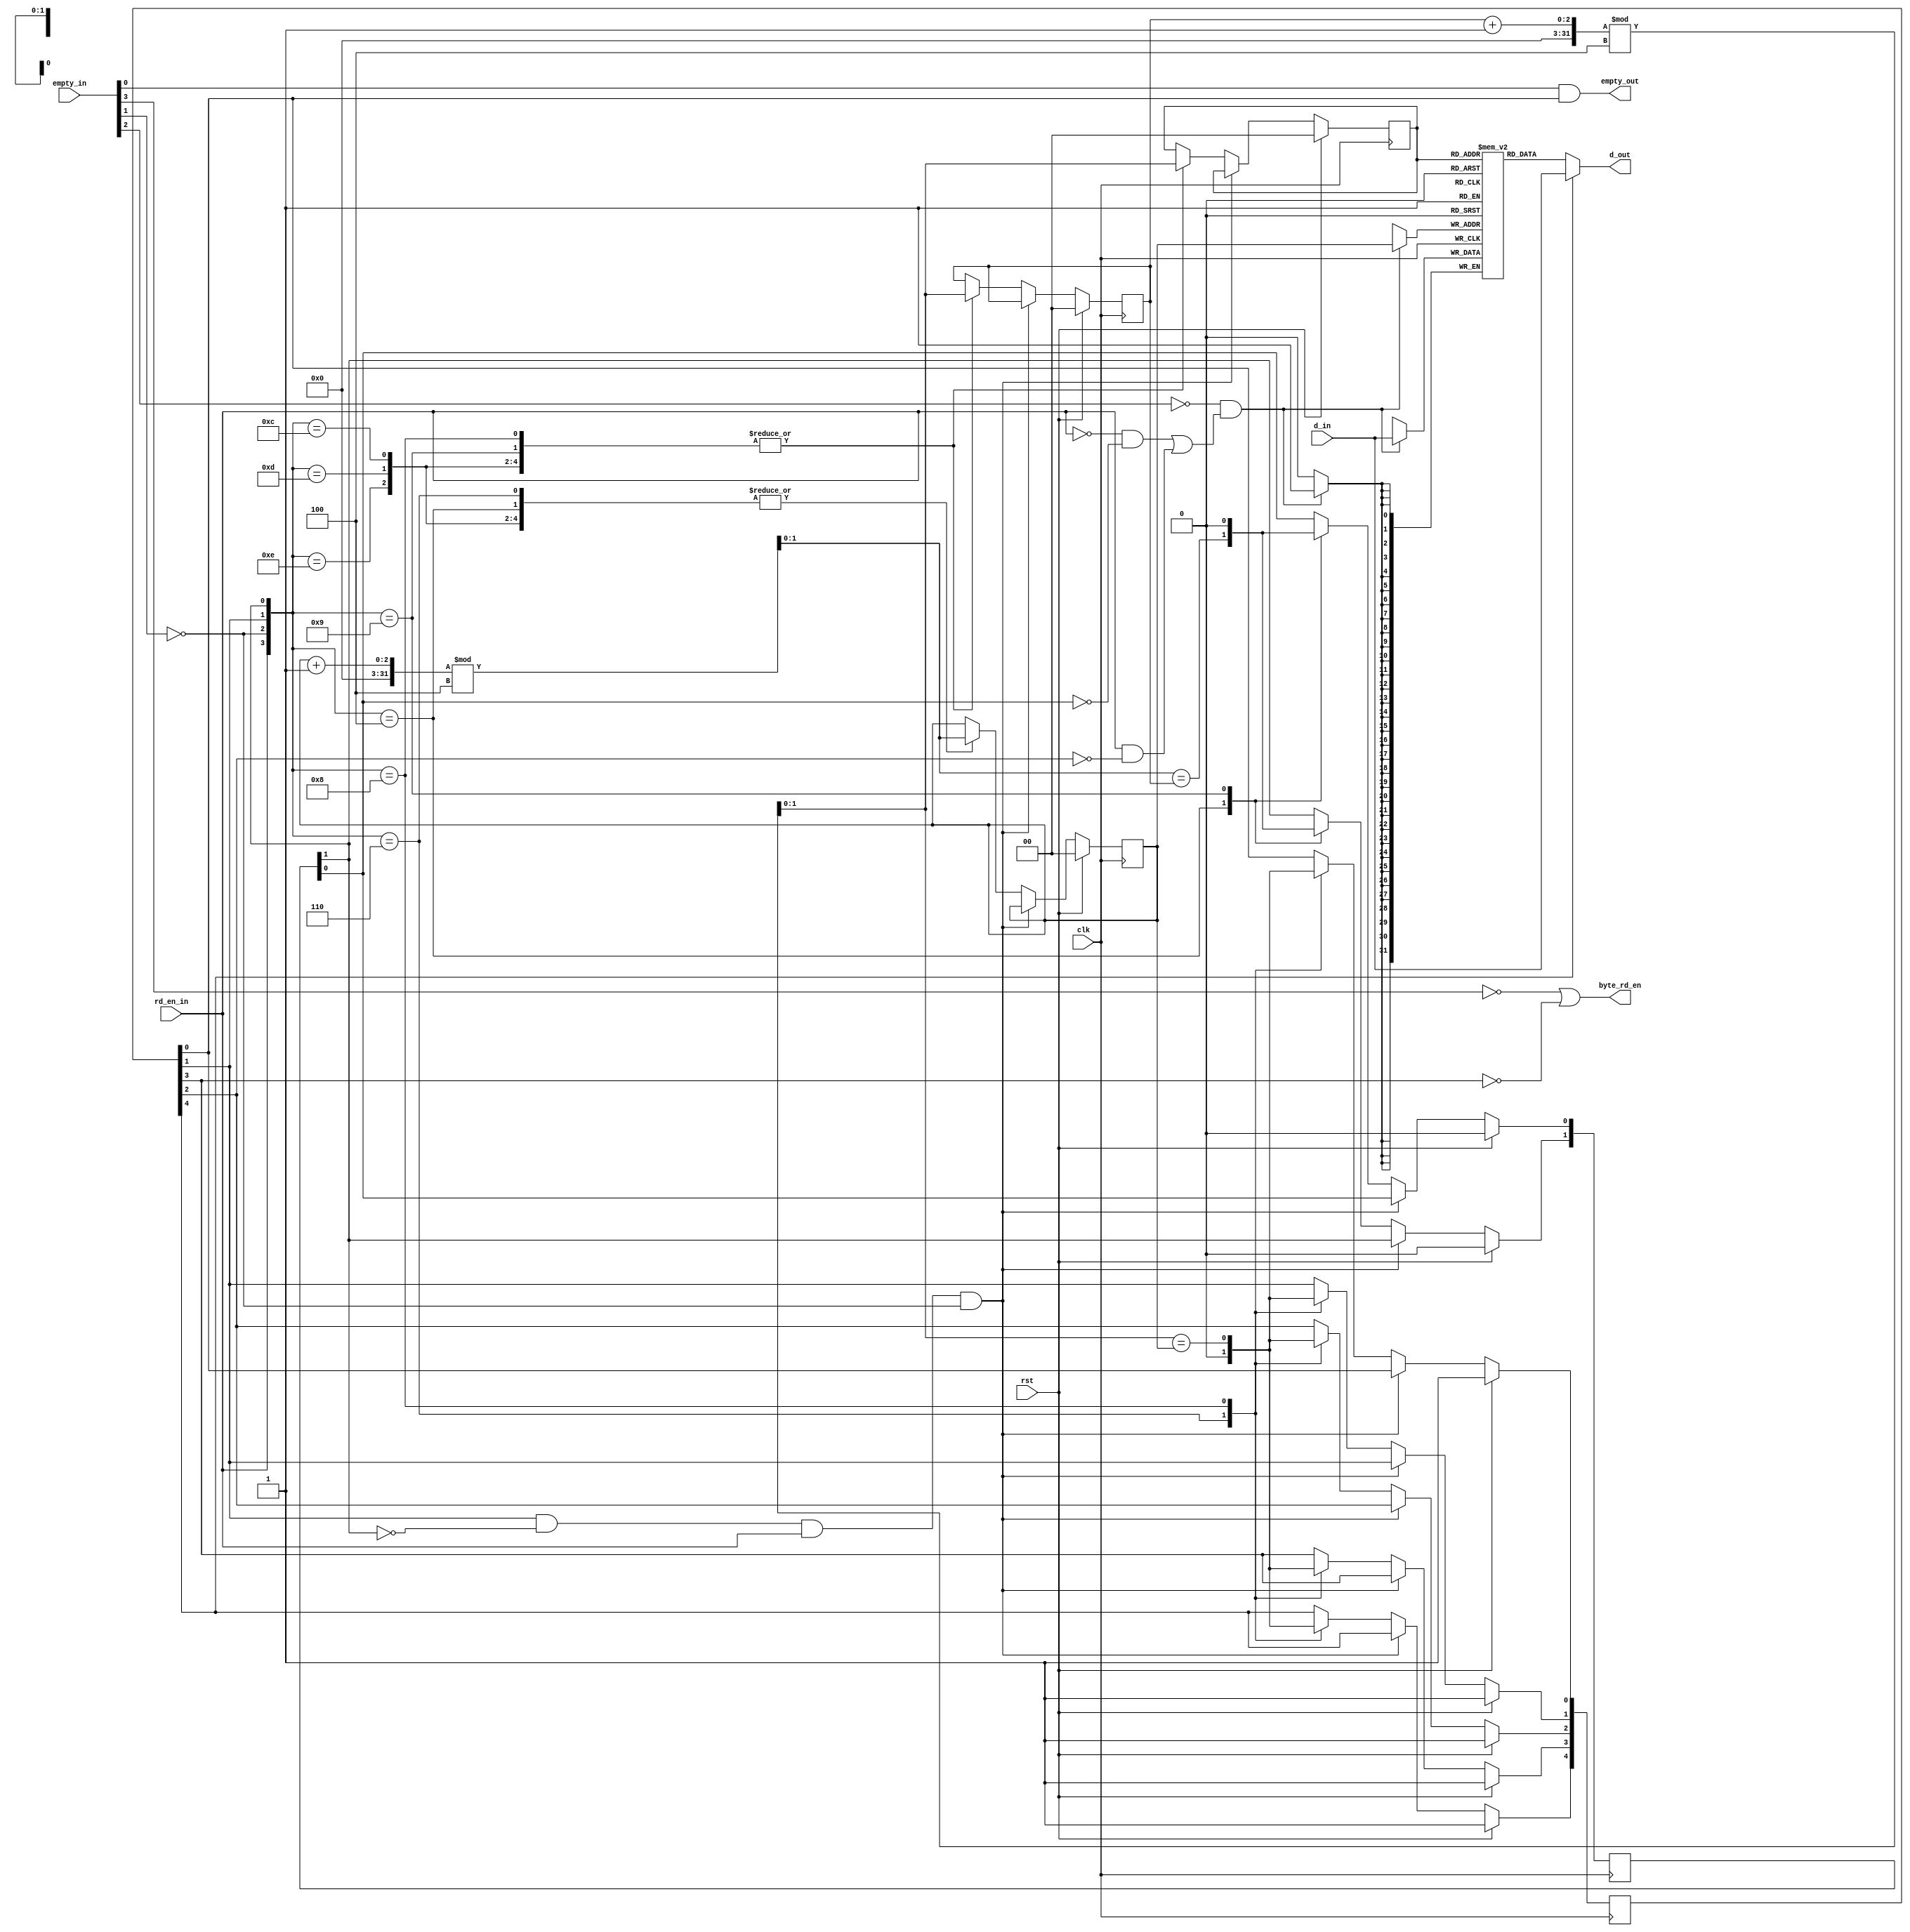
//*****************************************************************************
// (c) Copyright 2008 - 2013 Xilinx, Inc. All rights reserved.
//
// This file contains confidential and proprietary information
// of Xilinx, Inc. and is protected under U.S. and
// international copyright and other intellectual property
// laws.
//
// DISCLAIMER
// This disclaimer is not a license and does not grant any
// rights to the materials distributed herewith. Except as
// otherwise provided in a valid license issued to you by
// Xilinx, and to the maximum extent permitted by applicable
// law: (1) THESE MATERIALS ARE MADE AVAILABLE "AS IS" AND
// WITH ALL FAULTS, AND XILINX HEREBY DISCLAIMS ALL WARRANTIES
// AND CONDITIONS, EXPRESS, IMPLIED, OR STATUTORY, INCLUDING
// BUT NOT LIMITED TO WARRANTIES OF MERCHANTABILITY, NON-
// INFRINGEMENT, OR FITNESS FOR ANY PARTICULAR PURPOSE; and
// (2) Xilinx shall not be liable (whether in contract or tort,
// including negligence, or under any other theory of
// liability) for any loss or damage of any kind or nature
// related to, arising under or in connection with these
// materials, including for any direct, or any indirect,
// special, incidental, or consequential loss or damage
// (including loss of data, profits, goodwill, or any type of
// loss or damage suffered as a result of any action brought
// by a third party) even if such damage or loss was
// reasonably foreseeable or Xilinx had been advised of the
// possibility of the same.
//
// CRITICAL APPLICATIONS
// Xilinx products are not designed or intended to be fail-
// safe, or for use in any application requiring fail-safe
// performance, such as life-support or safety devices or
// systems, Class III medical devices, nuclear facilities,
// applications related to the deployment of airbags, or any
// other applications that could lead to death, personal
// injury, or severe property or environmental damage
// (individually and collectively, "Critical
// Applications"). Customer assumes the sole risk and
// liability of any use of Xilinx products in Critical
// Applications, subject only to applicable laws and
// regulations governing limitations on product liability.
//
// THIS COPYRIGHT NOTICE AND DISCLAIMER MUST BE RETAINED AS
// PART OF THIS FILE AT ALL TIMES.
//
//*****************************************************************************
//   ____  ____
//  /   /\/   /
// /___/  \  /    Vendor                : Xilinx
// \   \   \/     Version               : %version
//  \   \         Application           : MIG
//  /   /         Filename              : mig_7series_v1_x_ddr_if_post_fifo.v
// /___/   /\     Date Last Modified    : $date$
// \   \  /  \    Date Created          : Feb 08 2011
//  \___\/\___\
//
//Device            : 7 Series
//Design Name       : DDR3 SDRAM
//Purpose           : Extends the depth of a PHASER IN_FIFO up to 4 entries
//Reference         :
//Revision History  :
//*****************************************************************************

`timescale 1 ps / 1 ps

module mig_7series_v2_3_ddr_if_post_fifo #
  (
   parameter TCQ   = 100,             // clk->out delay (sim only)
   parameter DEPTH = 4,               // # of entries
   parameter WIDTH = 32               // data bus width
   )
  (
   input              clk,            // clock
   input              rst,            // synchronous reset
   input [3:0]        empty_in,
   input              rd_en_in,
   input [WIDTH-1:0]  d_in,           // write data from controller
   output             empty_out,
   output             byte_rd_en,
   output [WIDTH-1:0] d_out           // write data to OUT_FIFO
   );
  
  // # of bits used to represent read/write pointers
  localparam PTR_BITS 
             = (DEPTH == 2) ? 1 : 
               (((DEPTH == 3) || (DEPTH == 4)) ? 2 : 'bx);

  integer i;
  
  reg [WIDTH-1:0]    mem[0:DEPTH-1];
  (* max_fanout = 40 *) reg [4:0]          my_empty /* synthesis syn_maxfan = 3 */;
  (* max_fanout = 40 *) reg [1:0]          my_full /* synthesis syn_maxfan = 3 */;
  reg [PTR_BITS-1:0] rd_ptr /* synthesis syn_maxfan = 10 */;
  // Register duplication to reduce the fan out
  (* KEEP = "TRUE" *) reg [PTR_BITS-1:0] rd_ptr_timing /* synthesis syn_maxfan = 10 */;
  reg [PTR_BITS-1:0] wr_ptr /* synthesis syn_maxfan = 10 */;
  wire [WIDTH-1:0]   mem_out;
  (* max_fanout = 40 *) wire               wr_en /* synthesis syn_maxfan = 10 */;

  task updt_ptrs;
    input rd;
    input wr;
    reg [1:0] next_rd_ptr;
    reg [1:0] next_wr_ptr;
    begin
      next_rd_ptr = (rd_ptr + 1'b1)%DEPTH;
      next_wr_ptr = (wr_ptr + 1'b1)%DEPTH;
      casez ({rd, wr, my_empty[1], my_full[1]})
        4'b00zz: ; // No access, do nothing
        4'b0100: begin
          // Write when neither empty, nor full; check for full
          wr_ptr  <= #TCQ next_wr_ptr;
          my_full[0] <= #TCQ (next_wr_ptr == rd_ptr);
          my_full[1] <= #TCQ (next_wr_ptr == rd_ptr);
          //mem[wr_ptr] <= #TCQ d_in;
        end
        4'b0110: begin
          // Write when empty; no need to check for full
          wr_ptr   <= #TCQ next_wr_ptr;
          my_empty <= #TCQ 5'b00000;
          //mem[wr_ptr] <= #TCQ d_in;
        end     
        4'b1000: begin
          // Read when neither empty, nor full; check for empty
          rd_ptr   <= #TCQ next_rd_ptr;
          rd_ptr_timing   <= #TCQ next_rd_ptr;
          my_empty[0] <= #TCQ (next_rd_ptr == wr_ptr);
          my_empty[1] <= #TCQ (next_rd_ptr == wr_ptr);
          my_empty[2] <= #TCQ (next_rd_ptr == wr_ptr);
          my_empty[3] <= #TCQ (next_rd_ptr == wr_ptr);
          my_empty[4] <= #TCQ (next_rd_ptr == wr_ptr);
        end
        4'b1001: begin
          // Read when full; no need to check for empty
          rd_ptr <= #TCQ next_rd_ptr;
          rd_ptr_timing <= #TCQ next_rd_ptr;
          my_full[0] <= #TCQ 1'b0;
          my_full[1] <= #TCQ 1'b0;
        end
        4'b1100, 4'b1101, 4'b1110: begin
          // Read and write when empty, full, or neither empty/full; no need 
          // to check for empty or full conditions
          rd_ptr <= #TCQ next_rd_ptr;
          rd_ptr_timing <= #TCQ next_rd_ptr;
          wr_ptr <= #TCQ next_wr_ptr;
          //mem[wr_ptr] <= #TCQ d_in;
        end
        4'b0101, 4'b1010: ;
          // Read when empty, Write when full; Keep all pointers the same
          // and don't change any of the flags (i.e. ignore the read/write). 
          // This might happen because a faulty DQS_FOUND calibration could 
          // result in excessive skew between when the various IN_FIFO's
          // first become not empty. In this case, the data going to each
          // post-FIFO/IN_FIFO should be read out and discarded
        // synthesis translate_off
        default: begin
          // Covers any other cases, in particular for simulation if
          // any signals are X's
          $display("ERR %m @%t: Bad access: rd:%b,wr:%b,empty:%b,full:%b", 
                   $time, rd, wr, my_empty[1], my_full[1]);    
          rd_ptr <=  #TCQ 2'bxx;
          rd_ptr_timing <=  #TCQ 2'bxx;
          wr_ptr <=  #TCQ 2'bxx;
        end
        // synthesis translate_on
      endcase
    end
  endtask


  assign d_out = my_empty[4] ? d_in : mem_out;//mem[rd_ptr];
  // The combined IN_FIFO + post FIFO is only "empty" when both are empty
  assign empty_out = empty_in[0] & my_empty[0];
  assign byte_rd_en = !empty_in[3] || !my_empty[3];
  
  always @(posedge clk) 
    if (rst) begin
      my_empty <=  #TCQ 5'b11111;
      my_full  <=  #TCQ 2'b00;
      rd_ptr   <=  #TCQ 'b0;
      rd_ptr_timing   <=  #TCQ 'b0;
      wr_ptr   <=  #TCQ 'b0;
    end else begin
      // Special mode: If IN_FIFO has data, and controller is reading at
      // the same time, then operate post-FIFO in "passthrough" mode (i.e. 
      // don't update any of the read/write pointers, and route IN_FIFO
      // data to post-FIFO data)
      if (my_empty[1] && !my_full[1] && rd_en_in && !empty_in[1]) ;
      else
        // Otherwise, we're writing to FIFO when IN_FIFO is not empty,
        // and reading from the FIFO based on the rd_en_in signal (read
        // enable from controller). The functino updt_ptrs should catch
        // an illegal conditions. 
        updt_ptrs(rd_en_in, !empty_in[1]);
    end


  assign wr_en = (!empty_in[2] & ((!rd_en_in & !my_full[0]) |
                                  (rd_en_in & !my_empty[2])));
  
  
  always @ (posedge clk)
  begin
    if (wr_en)
      mem[wr_ptr] <= #TCQ d_in;
  end
  
  assign mem_out = mem[rd_ptr_timing];

endmodule